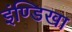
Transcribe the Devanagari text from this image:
इंण्डिखा